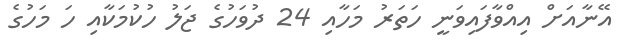
އޭނާއަށް އިއްވާފައިވަނީ ހަތަރު މަހާއި 24 ދުވަހުގެ ޖަލު ހުކުމަކާއި ހަ މަހުގެ